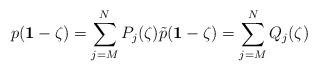
LaTeX: \begin{align*}p(\mathbf{1} - \zeta) = \sum_{j=M}^N P_j(\zeta) \tilde{p}(\mathbf{1} - \zeta) = \sum_{j=M}^{N} Q_j(\zeta) \end{align*}